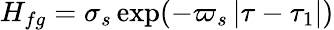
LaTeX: H_{fg}=\sigma_{s}\exp(-\varpi_{s}\left|\tau-\tau_{1}\right|)